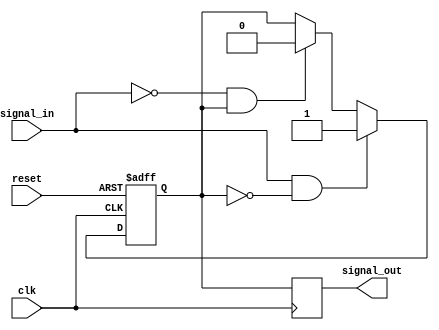
module schmitt_trigger (
    input clk,
    input reset,
    input signal_in,
    output reg signal_out
);

reg reg_signal;

always @(posedge clk or posedge reset) begin
    if (reset) begin
        reg_signal <= 1'b0;
    end else begin
        if (signal_in == 1'b1 && reg_signal == 1'b0) begin
            reg_signal <= 1'b1;
        end else if (signal_in == 1'b0 && reg_signal == 1'b1) begin
            reg_signal <= 1'b0;
        end
    end
end

always @(posedge clk) begin
    signal_out <= reg_signal;
end

endmodule